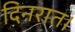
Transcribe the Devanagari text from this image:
दिनरात।